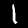
Label: 1